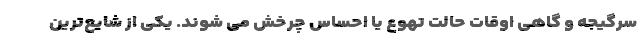
سرگیجه و گاهی اوقات حالت تهوع یا احساس چرخش می شوند. یکی از شایع‌ترین